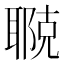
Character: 鿣